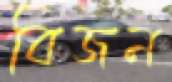
বিজন